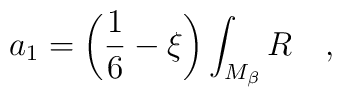
a_1=\left(\frac 16 -\xi\right)\int_{M_{\beta}}R~~~,